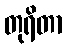
တုရိတာ